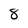
Character: 8